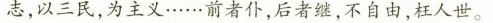
志，以三民，为主义……前者仆，后者继，不自由，枉人世。